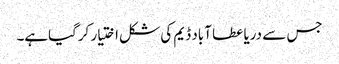
جس سے دریا عطا آباد ڈیم کی شکل اختیار کرگیاہے۔